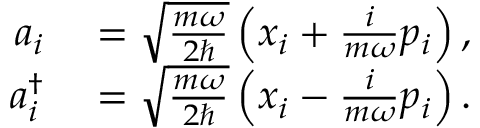
\begin{array} { r l } { a _ { i } } & { { } = { \sqrt { \frac { m \omega } { 2 \hbar } } } \left( x _ { i } + { \frac { i } { m \omega } } p _ { i } \right) , } \\ { a _ { i } ^ { \dagger } } & { { } = { \sqrt { \frac { m \omega } { 2 \hbar } } } \left( x _ { i } - { \frac { i } { m \omega } } p _ { i } \right) . } \end{array}